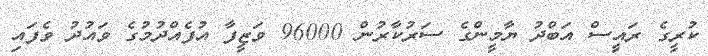
ކުރީގެ ރައީސް އަބްދު ޔާމީންގެ ސަރުކާރުން 96000 ވަޒީފާ އުފެއްދުމުގެ ވައުދު ވެފައި